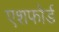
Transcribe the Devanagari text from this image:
एशफोर्ड